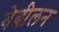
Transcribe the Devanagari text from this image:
बेबीलन